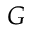
G